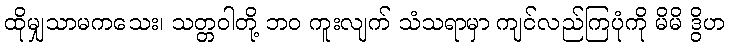
ထိုမျှသာမကသေး၊ သတ္တဝါတို့ ဘဝ ကူးလျက် သံသရာမှာ ကျင်လည်ကြပုံကို မိမိ ဒွိဟ